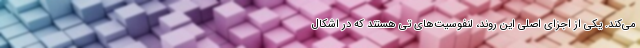
می‌کند. یکی از اجزای اصلی این روند، لنفوسیت‌های تی هستند که در اشکال